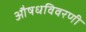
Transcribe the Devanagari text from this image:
औषधविवरणी